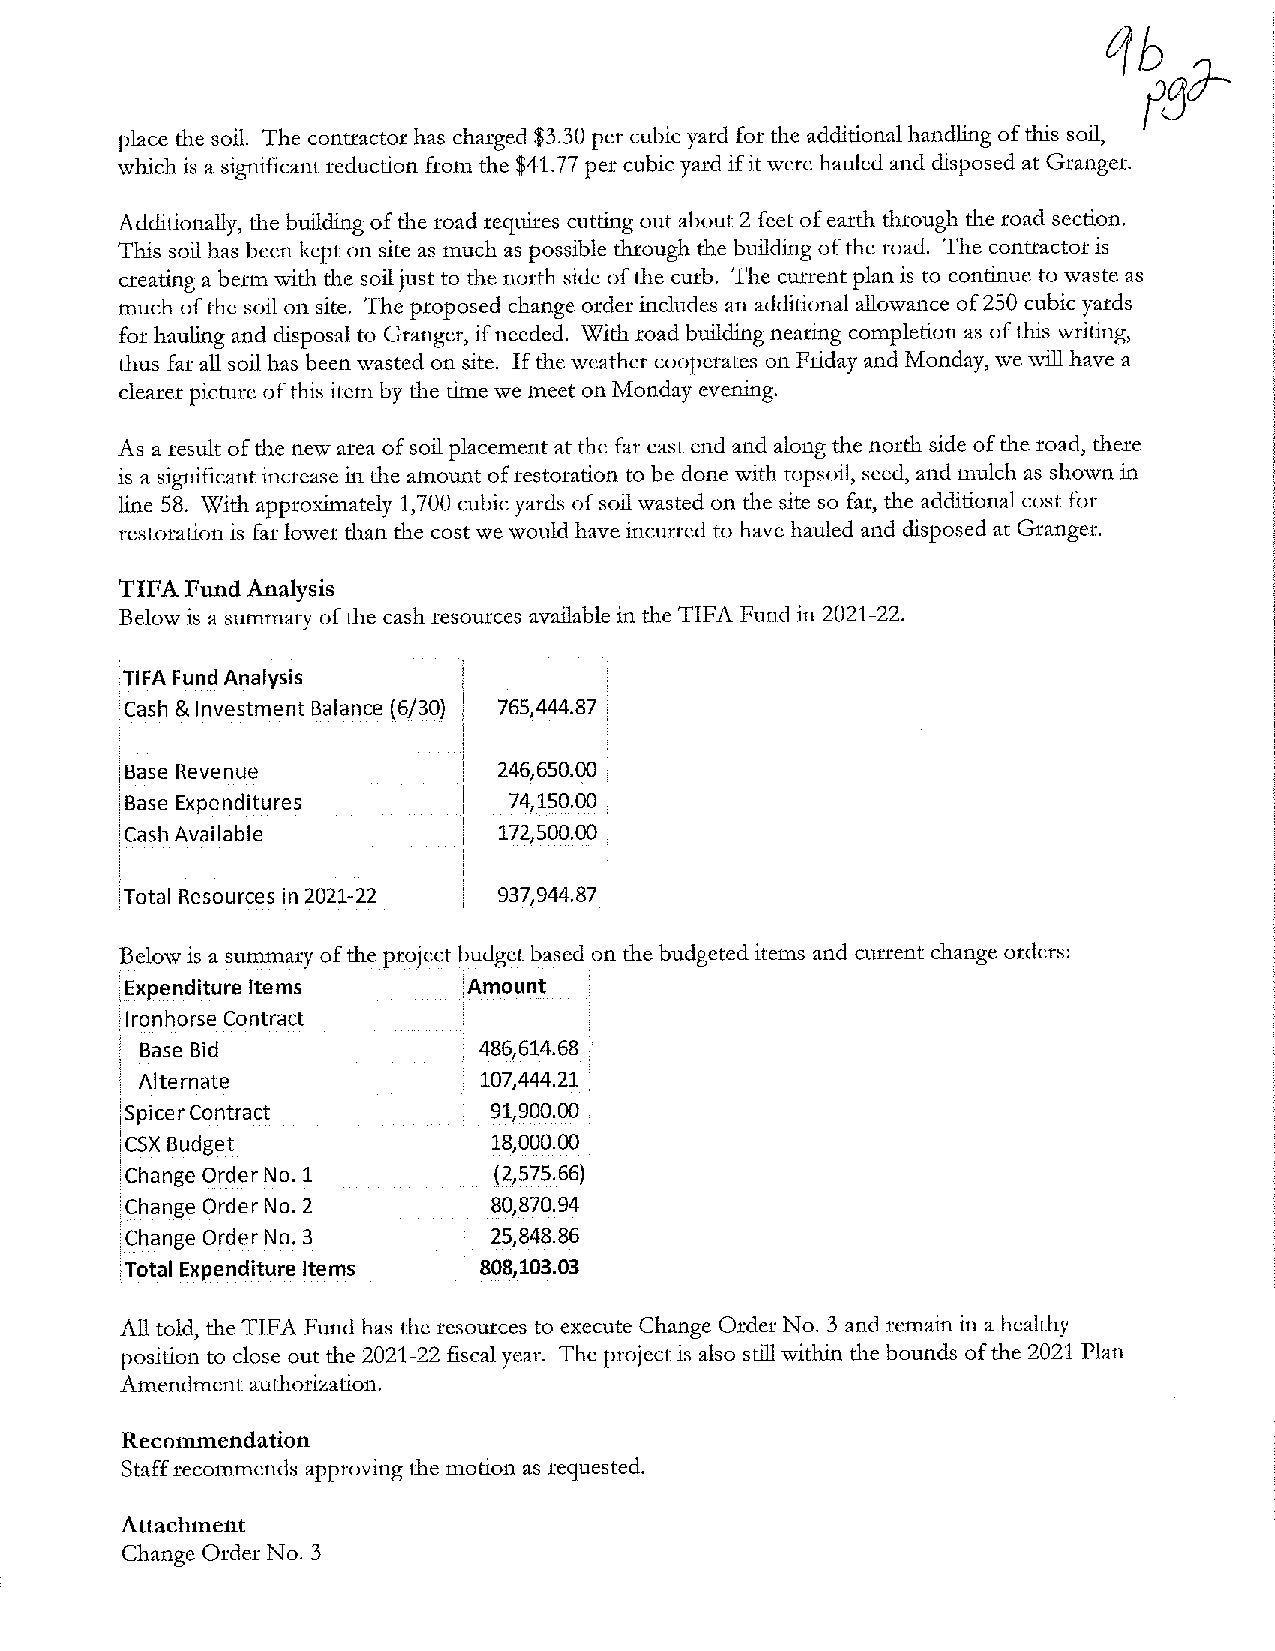
place the soil. The contractor has charged $3.30 per cubic yard for the additional handling of this soil,
 which is a significant reduction from the $41. 77 per cubic yard if it were hauled and disposed at Granger.
 Additionally, the building of the road requires cutting out about 2 feet of earth through the road section.
 This soil has been kept on site as much as possible through the building of the road. The contractor is
 creating a berm with the soil just to the north side of the curb. The current plan is to continue to waste as
 much of the soil on site. The proposed change order includes an additional allowance of 250 cubic yards
 for hauling and disposal to Granger, if needed. With road building nearing completion as of this writing,
 thus far all soil has been wasted on site. If the weather cooperates on Friday and Monday, we will have a
 clearer picture of this item by the time we meet on Monday evening.
 As a result of the new area of soil placement at the far east end and along the north side of the road, there
 is a significant increase in the amount of restoration to be done with topsoil, seed, and mulch as shown in
 line 58. With approximately 1,700 cubic yards of soil wasted on the site so far, the additional cost for
 restoration is far lower than the cost we would have incurred to have hauled and disposed at Granger.
 TIFA Fund Analysis
 Below is a summary of the cash resources available in the TIFA Fund in 2021-22.
 :TIFA Fund Analysis
 !cash & Investment Balance (6/30) 765,444.87
 ! Base Revenue           246,650.00
 jBase Expenditures        74,150.00
 [cash Available          172,500.00
 [Total Resources in 2021-22 937,944.87
 Below is a summary of the project budget based on the budgeted items and current change orders:
 I Expenditure Items    [Amount
 i Ironhorse Contract
 Base Bid               486,614.68
 Alternate             ! 107,444.21
 !Spicer Contract        91,900.00
 [csx Budget              18,000.00
 [Change Order No. 1    1 (2,575.66)
 ·; ..
 [Change Order No. 2     80,870.94
 [Change Order No. 3     25,848.86
 Total Expenditure Items 808,103.03
 All told, the TIFA Fund has the resources to execute Change Order No. 3 and remain in a healthy
 position to close out the 2021-22 fiscal year. The project is also still within the bounds of the 2021 Plan
 Amendment authorization.
 Recommendation
 Staff recommends approving the motion as requested.
 Attachment
 Change Order No. 3